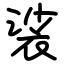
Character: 裟